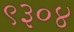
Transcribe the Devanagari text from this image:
९३०४